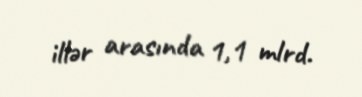
illər arasında 1,1 mlrd.